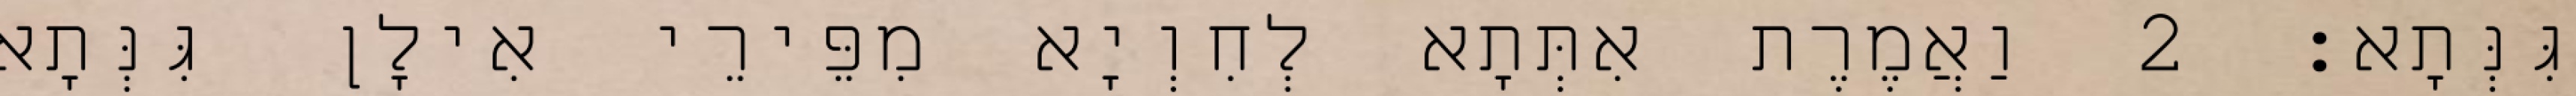
גִּנְּתָא׃ 2 וַאֲמֶרֶת אִתְּתָא לְחִוְיָא מִפֵּירֵי אִילָן גִּנְּתָא